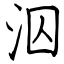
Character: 泅